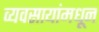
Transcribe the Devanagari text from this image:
व्यवसायांमधून